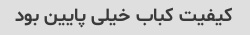
کیفیت کباب خیلی پایین بود